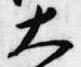
大